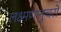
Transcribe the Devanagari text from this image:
लक्ष्मणानुचरो